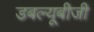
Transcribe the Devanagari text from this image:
डबल्यूबीजी